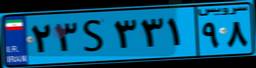
۱۲S۹۳۷۳۹